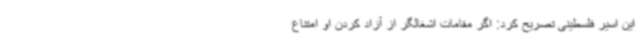
این اسیر فلسطینی تصریح کرد: اگر مقامات اشغالگر از آزاد کردن او امتناع